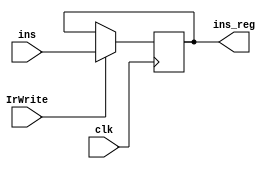
module im_reg(clk,ins,ins_reg,IrWrite);
  input clk,IrWrite;
  input[31:0] ins;
  output reg[31:0] ins_reg;
  always@(posedge clk)
    if(IrWrite)
      ins_reg<=ins;
endmodule